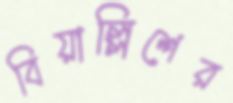
বিয়াল্লিশের